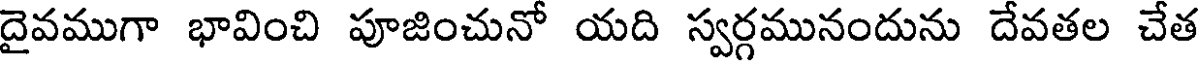
దైవముగా భావించి పూజించునో యది స్వర్గమునందును దేవతల చేత